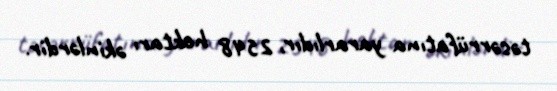
təsərrüfatına yararlıdır, 2548 hektarı əkinlərdir.